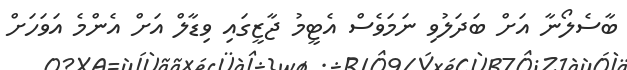
ބާސެލޯނާ އަށް ބަދަލުވި ނަމަވެސް އެޓީމު ޖާޒީގައި ވިޑާލް އަށް އެންމެ އަވަހަށް